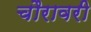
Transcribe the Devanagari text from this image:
चौरावरी